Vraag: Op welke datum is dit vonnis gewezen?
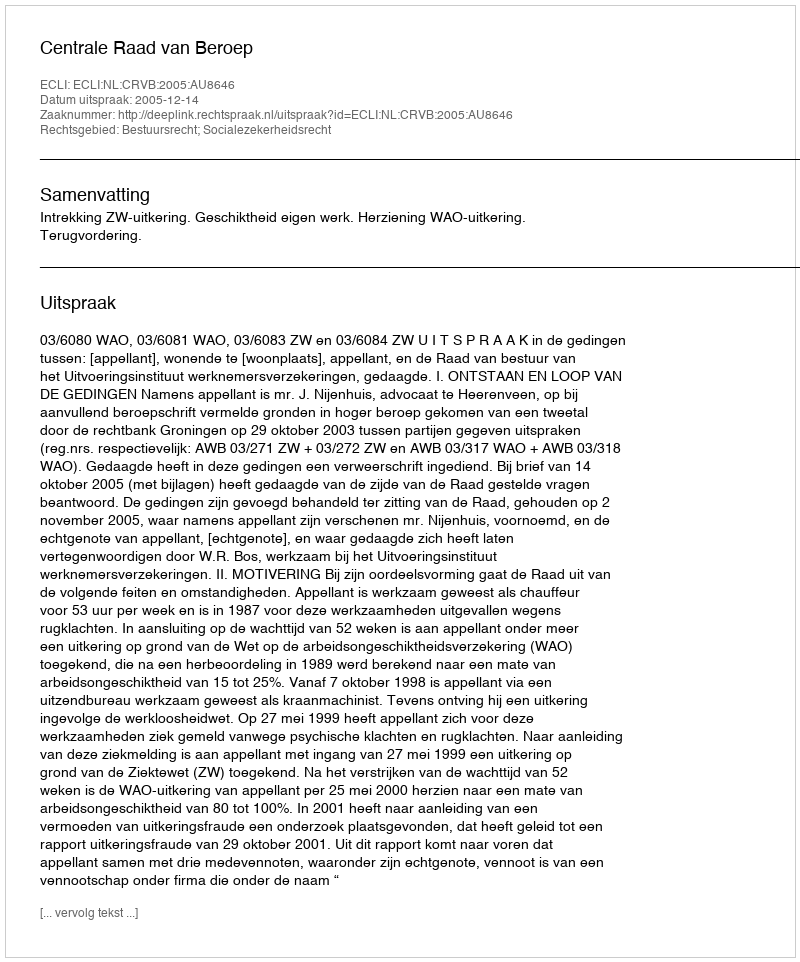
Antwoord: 2005-12-14